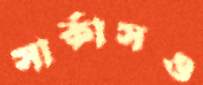
সার্কাসও